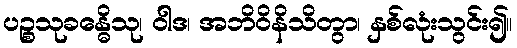
ပဉ္စသုခန္ဓေိသု၊ ဝါဒ၊ အဘိဝိနိသိတွာ၊ နှစ်လုံးသွင်း၍။